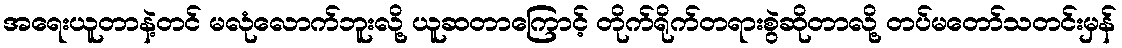
အရေးယူတာနဲ့တင် မလုံလောက်ဘူးလို့ ယူဆတာကြောင့် တိုက်ရိုက်တရားစွဲဆိုတာလို့ တပ်မတော်သတင်းမှန်